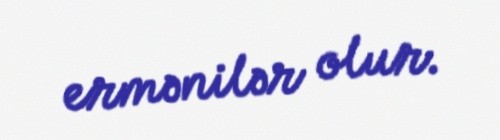
ermənilər olur.